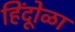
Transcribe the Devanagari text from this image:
हिंदूोळा